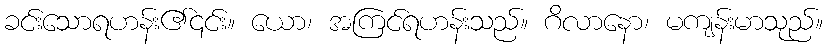
ခင်းသောရဟန်း၏၎င်း။ ယော၊ အကြင်ရဟန်းသည်။ ဂိလာနော၊ မကျန်းမာသုည်။